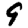
Digit: 9